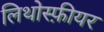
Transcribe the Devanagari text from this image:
लिथोस्फ़ीयर